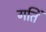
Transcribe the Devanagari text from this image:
गतिं